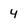
Character: 4